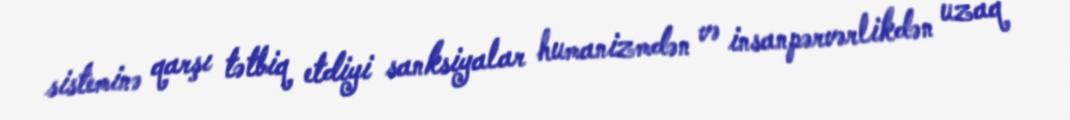
sisteminə qarşı tətbiq etdiyi sanksiyalar humanizmdən və insanpərvərlikdən uzaq